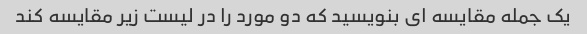
یک جمله مقایسه ای بنویسید که دو مورد را در لیست زیر مقایسه کند